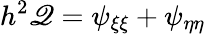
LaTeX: h^{2}\mathscr{Q}=\psi_{\xi\xi}+\psi_{\eta\eta}